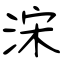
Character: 浨